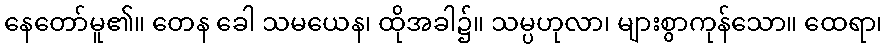
နေတော်မူ၏။ တေန ခေါ သမယေန၊ ထိုအခါ၌။ သမ္ပဟုလာ၊ များစွာကုန်သော။ ထေရာ၊